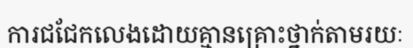
ការជជែកលេងដោយគ្មានគ្រោះថ្នាក់តាមរយៈ